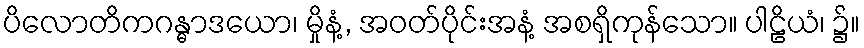
ပိလောတိကဂန္ဓာဒယော၊ မှိုနံ့, အဝတ်ပိုင်းအနံ့ အစရှိကုန်သော။ ပါဠိယံ၊ ၌။